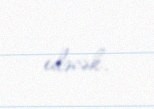
edəcək.